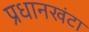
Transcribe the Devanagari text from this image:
प्रधानखंटा